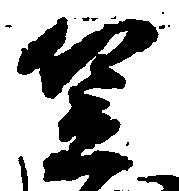
笠